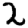
Digit: 2